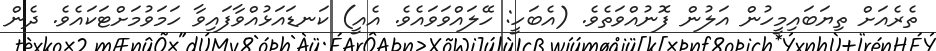
ތެރެއަށް ތިޔަބައިމީހުން އަލުން ފޮނުއްވަތެވެ. (އެބަހީ: ހޭލައްވަވައެވެ. އެއީ) ކަނޑައަޅުއްވާފައިވާ ހަމަވުމަށްޓަކައެވެ. ދެން